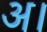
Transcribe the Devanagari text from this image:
अ।